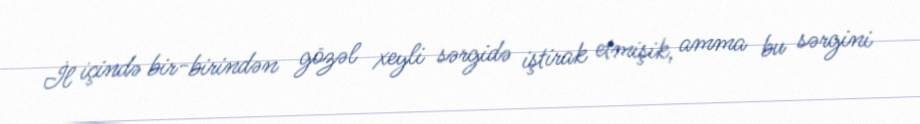
İl içində bir-birindən gözəl xeyli sərgidə iştirak etmişik, amma bu sərgini